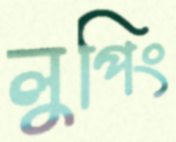
লুপিং